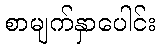
စာမျက်နှာပေါင်း